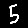
Digit: 5